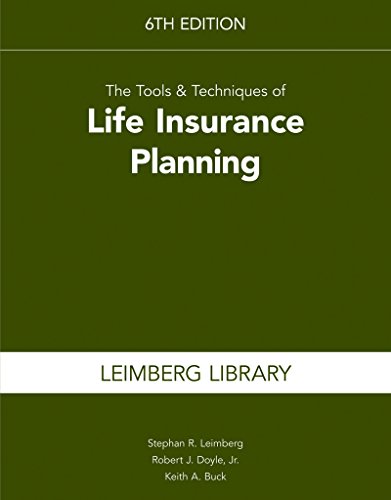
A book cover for The Tools & Techniques of Life Insurance Planning, 6th edition; Stephan R. Leimberg; Business & Money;